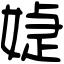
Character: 媫